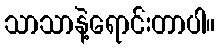
သာသာနဲ့ရောင်းတာပါ။